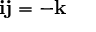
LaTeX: \mathbf { i } \mathbf { j } = - \mathbf { k }